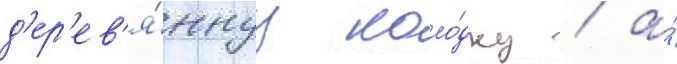
д'ер'ев'я́ннуу коло́дку / а́